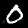
Label: 0